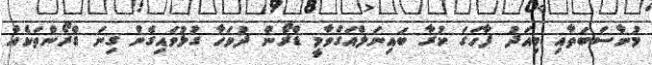
މުނާސަބަތާއި މިއަދު ފާހަގަ ކުރާ ބައިނަލްއަގްވާމީ ޑްރޯން ދުވަހާ ގުޅުވައިގެން ގިނަ ޑްރޯންތަކެއް